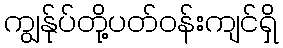
ကျွန်ုပ်တို့ပတ်ဝန်းကျင်ရှိ